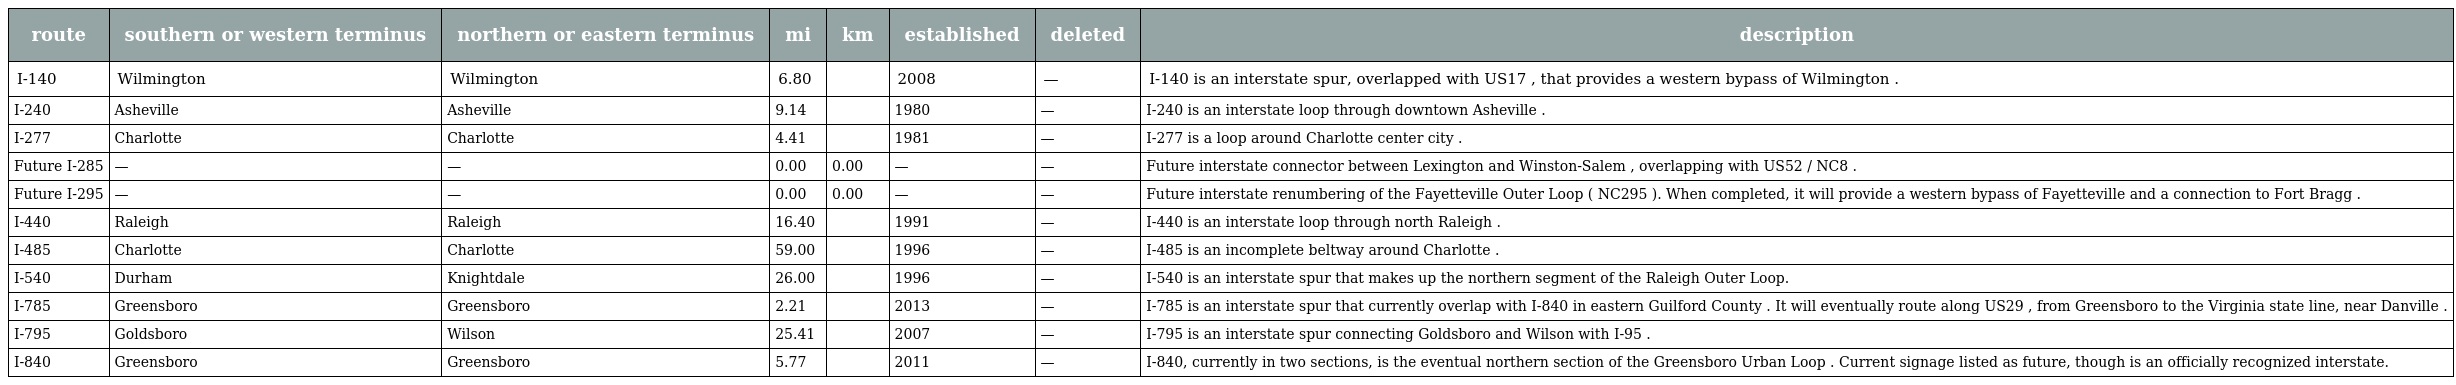
| route | southern or western terminus | northern or eastern terminus | mi | km | established | deleted | description |
 | --- | --- | --- | --- | --- | --- | --- | --- |
 | I-140 | Wilmington | Wilmington | 6.80 |  | 2008 | — | I-140 is an interstate spur, overlapped with US17 , that provides a western bypass of Wilmington . |
 | I-240 | Asheville | Asheville | 9.14 |  | 1980 | — | I-240 is an interstate loop through downtown Asheville . |
 | I-277 | Charlotte | Charlotte | 4.41 |  | 1981 | — | I-277 is a loop around Charlotte center city . |
 | Future I-285 | — | — | 0.00 | 0.00 | — | — | Future interstate connector between Lexington and Winston-Salem , overlapping with US52 / NC8 . |
 | Future I-295 | — | — | 0.00 | 0.00 | — | — | Future interstate renumbering of the Fayetteville Outer Loop ( NC295 ). When completed, it will provide a western bypass of Fayetteville and a connection to Fort Bragg . |
 | I-440 | Raleigh | Raleigh | 16.40 |  | 1991 | — | I-440 is an interstate loop through north Raleigh . |
 | I-485 | Charlotte | Charlotte | 59.00 |  | 1996 | — | I-485 is an incomplete beltway around Charlotte . |
 | I-540 | Durham | Knightdale | 26.00 |  | 1996 | — | I-540 is an interstate spur that makes up the northern segment of the Raleigh Outer Loop. |
 | I-785 | Greensboro | Greensboro | 2.21 |  | 2013 | — | I-785 is an interstate spur that currently overlap with I-840 in eastern Guilford County . It will eventually route along US29 , from Greensboro to the Virginia state line, near Danville . |
 | I-795 | Goldsboro | Wilson | 25.41 |  | 2007 | — | I-795 is an interstate spur connecting Goldsboro and Wilson with I-95 . |
 | I-840 | Greensboro | Greensboro | 5.77 |  | 2011 | — | I-840, currently in two sections, is the eventual northern section of the Greensboro Urban Loop . Current signage listed as future, though is an officially recognized interstate. |